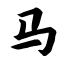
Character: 马